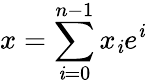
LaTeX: x=\sum\limits_{\mathit{i}=0}^{n-1}x_{\mathit{i}}e^{\mathit{i}}